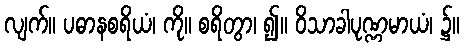
လျက်။ ပဓာနစရိယံ၊ ကို။ စရိတွာ၊ ၍။ ဝိသာခါပုဏ္ဏမာယံ၊ ၌။